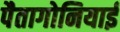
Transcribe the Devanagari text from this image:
पैतागोनियाई